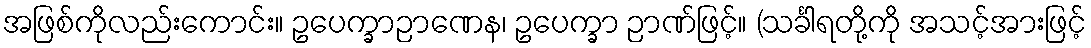
အဖြစ်ကိုလည်းကောင်း။ ဥပေက္ခာဉာဏေန၊ ဥပေက္ခာ ဉာဏ်ဖြင့်။ (သင်္ခါရတို့ကို အသင့်အားဖြင့်